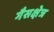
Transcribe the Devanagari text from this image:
गैसक्षेत्र